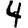
Digit: 4